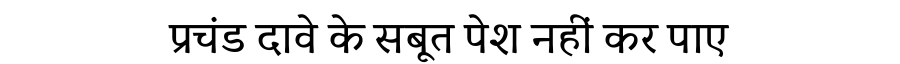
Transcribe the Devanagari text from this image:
प्रचंड दावे के सबूत पेश नहीं कर पाए